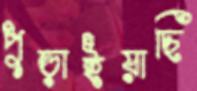
পুড়াইয়াছি